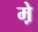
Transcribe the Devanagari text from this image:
म़े